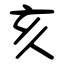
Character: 亥